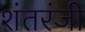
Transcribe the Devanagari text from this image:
शंतरंजी